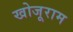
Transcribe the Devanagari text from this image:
खोजूराम